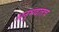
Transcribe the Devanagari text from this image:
अनुभवातच